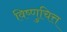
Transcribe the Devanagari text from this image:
विष्णुचित्त